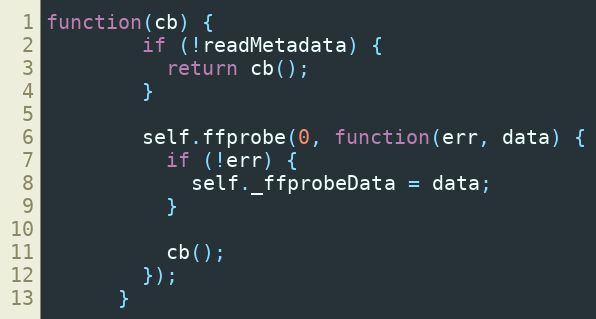
Language: JavaScript
function(cb) {
        if (!readMetadata) {
          return cb();
        }

        self.ffprobe(0, function(err, data) {
          if (!err) {
            self._ffprobeData = data;
          }

          cb();
        });
      }